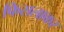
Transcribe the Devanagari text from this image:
फिसलाकर